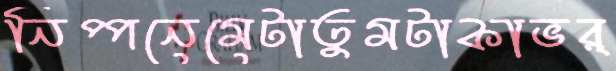
নিপ্পনেমেটাতুমটাকাভর্